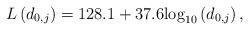
LaTeX: \begin{align*}L\left(d_{0,j}\right)=128.1 + 37.6{\log _{10}}\left( {{d_{{{0,j}}}}} \right),\end{align*}